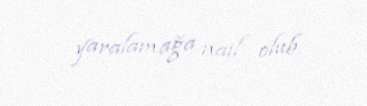
yaralamağa nail olub.